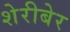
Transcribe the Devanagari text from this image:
शेरीबेर